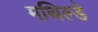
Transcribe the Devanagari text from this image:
मथिल्डे